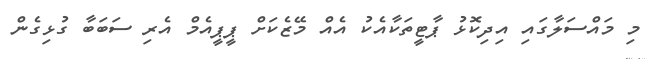
މި މައްސަލާގައި އިދިކޮޅު ޕާޓީތަކާއެކު އެއް މޭޒެކަށް ޕީޕީއެމް އެރި ސަބަބާ ގުޅިގެން